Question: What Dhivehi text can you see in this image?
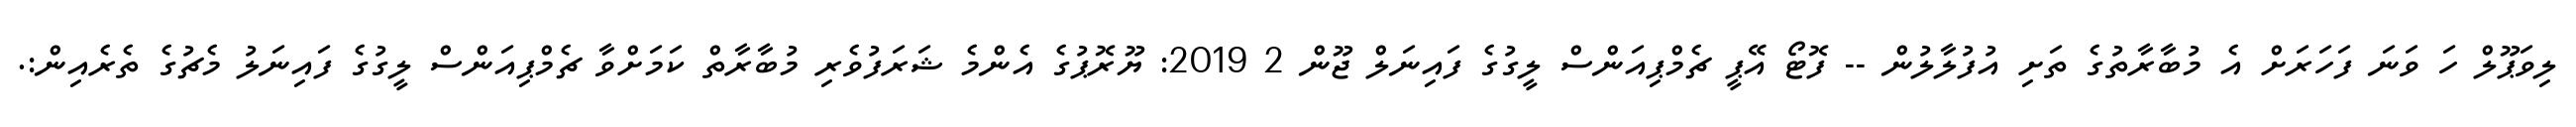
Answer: ލިވަޕޫލް ހަ ވަނަ ފަހަރަށް އެ މުބާރާތުގެ ތަށި އުފުލާލުން -- ފޮޓޯ އޭޕީ ޗެމްޕިއަންސް ލީގުގެ ފައިނަލް ޖޫން 2 2019: ޔޫރޮޕުގެ އެންމެ ޝަރަފުވެރި މުބާރާތް ކަމަށްވާ ޗެމްޕިއަންސް ލީގުގެ ފައިނަލު މެޗުގެ ތެރެއިން:.